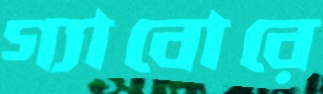
গ্যাবোরে